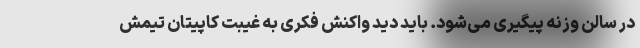
در سالن وزنه پیگیری می‌شود. باید دید واکنش فکری به غیبت کاپیتان تیمش